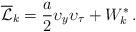
LaTeX: \begin{align*} \overline{{\cal L}}_k= \frac{a}{2} {\upsilon}_{{{y}}}{\upsilon}_{{\tau}} + W^*_k\, . \end{align*}